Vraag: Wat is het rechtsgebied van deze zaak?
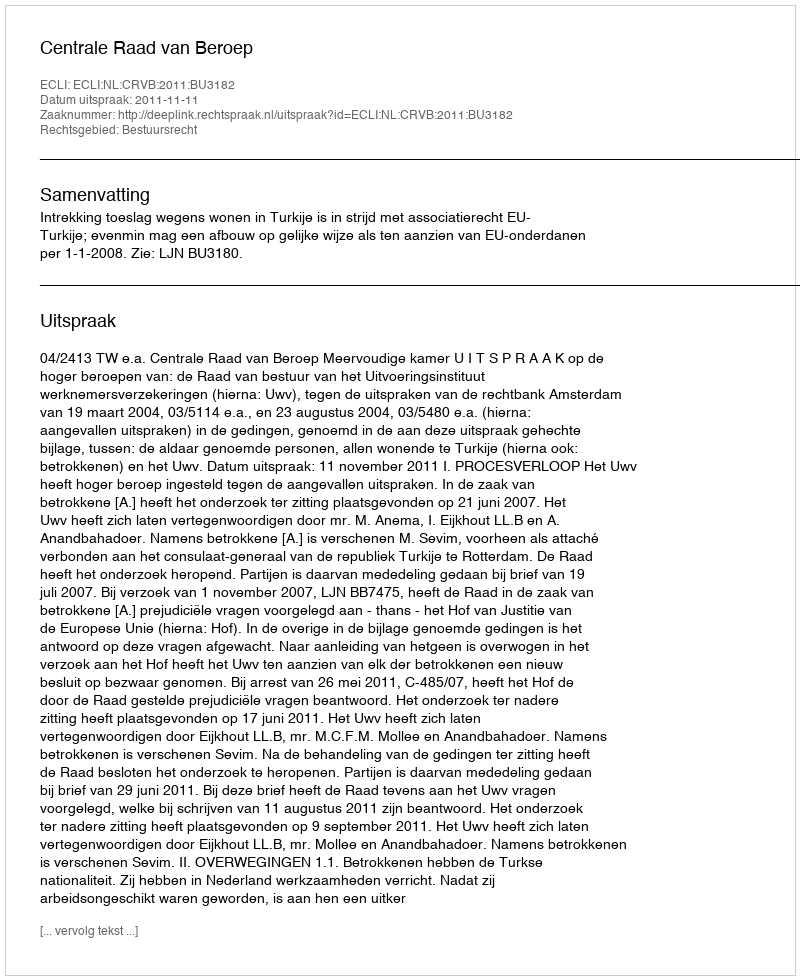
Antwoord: Bestuursrecht